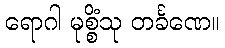
ရောဂါ မုစ္စိံသု တင်္ခဏေ။